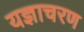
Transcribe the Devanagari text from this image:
यज्ञाचरण